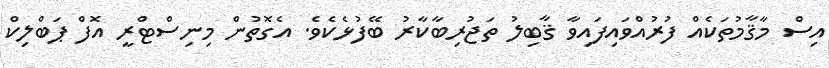
އިސް މާޤާމުތަކެއް ފުރުއްވައިފައިވާ ޤާބިލު ތަޖުރިބާކާރު ބޭފުޅެކެވެ. އެގޮތުން މިނިސްޓްރީ އޮފް ޕަބްލިކް